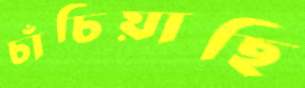
চাঁচিয়াছি